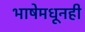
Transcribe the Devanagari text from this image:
भाषेमधूनही